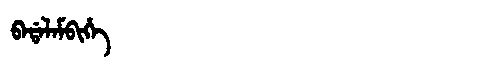
Manchu: ᠪᠠᡩᠠᠯᠠᠮᠪᡳᡥᡝ
Romanization: BADALAMBIHE